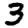
Digit: 3